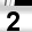
Digit: 2